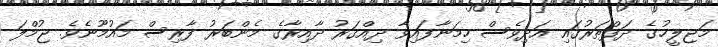
މަޖިލީހުގެ ދަފްތަރުގައި އަދިވެސް ހިމަނާފައިވާ ދިއްގަރު ދާއިރާގެ މެންބަރު ފާރިސް މައުމޫނެވެ. ޖުމްލަ